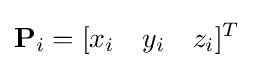
\mathbf {P} _{i}=[x_{i}\quad y_{i}\quad z_{i}]^{T}